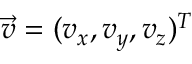
\vec { v } = ( v _ { x } , v _ { y } , v _ { z } ) ^ { T }